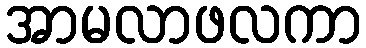
အာမလာဖလကာ